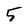
Character: 5